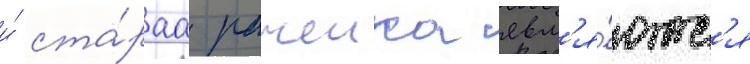
и́ ста́раа рачеика явл'я́ютс'я